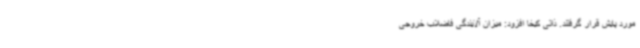
مورد پایش قرار گرفتند. ذاتی کیخا افزود: میزان آلایندگی فاضلاب خروجی